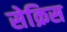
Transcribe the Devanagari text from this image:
सेक्रिस